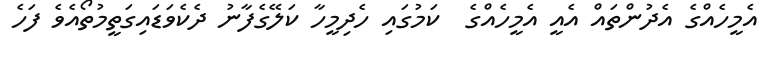
އެމީހެއްގެ އެދުންތައް އެއީ އެމީހެއްގެ  ކަމުގައި ހެދިމީހާ ކަލޭގެފާނު ދެކެވަޑައިގަތީމުތޯއެވެ ފަހެ